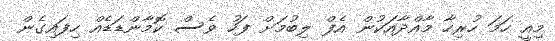
މިއީ ހަމަ ހުރިހާ މާއްދާއަކުން އެފް ލިބުމަށް ފަހު ވެސް ކޮމާންޑަޑެއް ހިފައިގެން